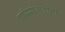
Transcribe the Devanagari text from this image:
परिसंवादांना